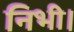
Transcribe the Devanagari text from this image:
निभी।